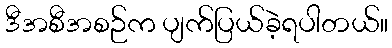
ဒီအစီအစဉ်က ပျက်ပြယ်ခဲ့ရပါတယ်။